Rules and regulations of the two years' vernacular class
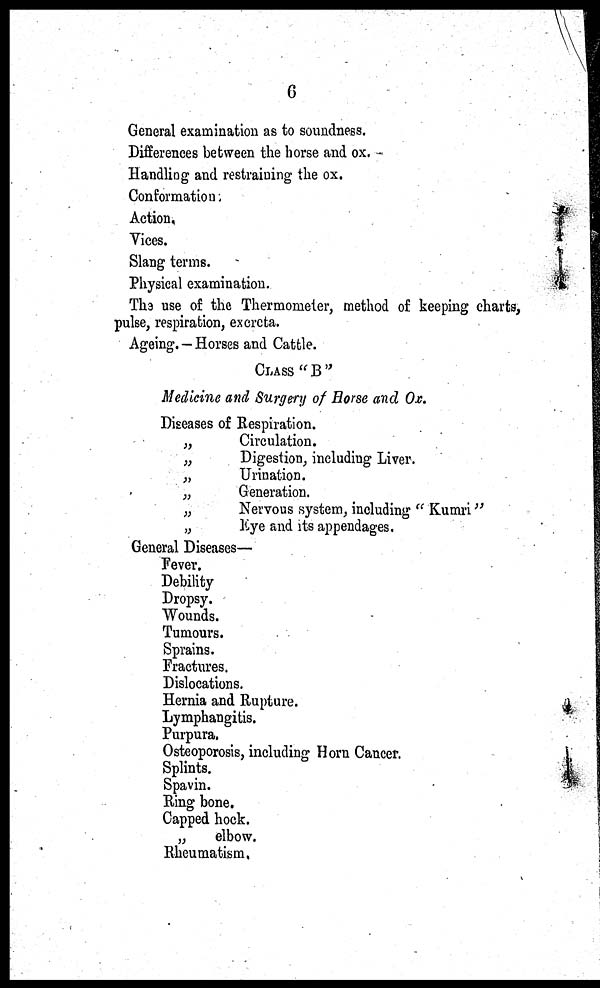
6
General examination as to soundness.
Differences between the horse and ox.
Handling and restraining the ox.
Conformation ;
Action.
Vices.
Slang terms.
Physical examination.
The use of the Thermometer, method of keeping charts,
pulse, respiration, excreta.
Ageing. — Horses and Cattle.
CLASS "B"
Medicine and Surgery of Horse and Ox.
Diseases of Respiration.
„
Circulation.
„
Digestion, including Liver.
„
Urination.
„
Generation.
„
Nervous system, including " Kumri"
„
Eye
and its appendages.
General Diseases—
Fever.
Debility
Dropsy.
Wounds.
Tumours.
Sprains.
Fractures.
Dislocations.
Hernia and Rupture.
Lymphangitis.
Purpura.
Osteoporosis, including Horn Cancer.
Splints.
Spavin.
Ring bone.
Capped hock.
„
elbow.
Rheumatism.